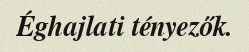
Éghajlati tényezők.